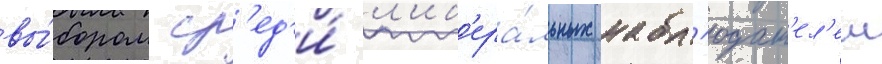
вы́бором ср'ед'и́ л'иб'ера́льных набл'юдат'ел'еи